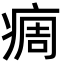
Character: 𬏳